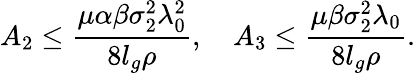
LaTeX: A_{2}\leq\frac{\mu\alpha\beta\sigma_{2}^{2}\lambda_{0}^{2}}{8l_{g}\rho},\quad A_{3}\leq\frac{\mu\beta\sigma_{2}^{2}\lambda_{0}}{8l_{g}\rho}.